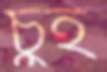
চুই